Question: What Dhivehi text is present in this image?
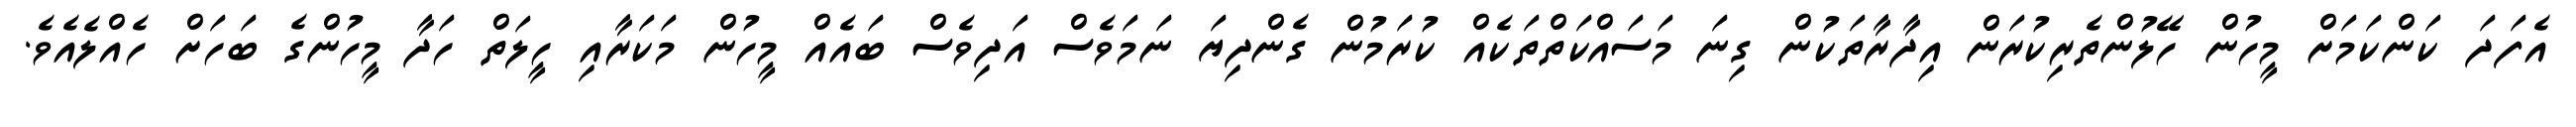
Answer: އެފަދަ ކަންކަމަށް މީހުން ހޭލުންތެރިކުރަން އިދާރާތަކުން ގިނަ މަސައްކަތްތަކެއް ކުރަމުން ގެންދިޔަ ނަމަވެސް އަދިވެސް ބައެއް މީހުން މަކަރާއި ހީލަތް ހަދާ މީހުންގެ ބަހަށް ހެއްލެއެވެ.